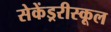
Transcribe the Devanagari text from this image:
सेकेंड्ररीस्कूल